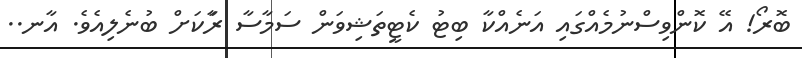
ބޮރޯ! އޭ ކޮންވިސްނުމެއްގައި އަނެއްކާ ބިޓު ކެޓީތަޝިވަން ސަމާސާ ރާަކަށް ބުނެލިއެވެ. އާނ..